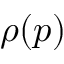
\rho ( p )